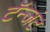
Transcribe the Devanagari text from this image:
टॅन्जंट